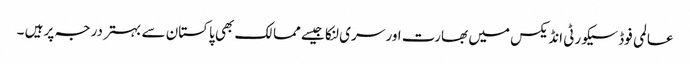
عالمی فوڈ سیکورٹی انڈیکس میں بھارت اور سری لنکا جیسے ممالک بھی پاکستان سے بہتر درجہ پر ہیں ۔